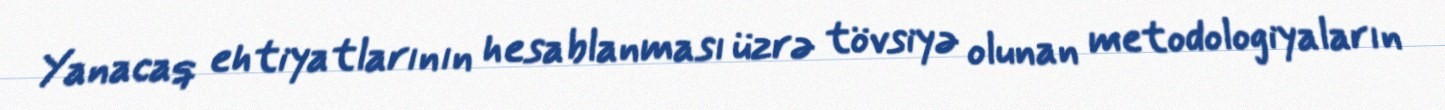
Yanacaq ehtiyatlarının hesablanması üzrə tövsiyə olunan metodologiyaların